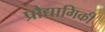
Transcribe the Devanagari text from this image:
प्रौद्यागिकी